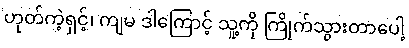
ဟုတ်ကဲ့ရှင့်၊ ကျမ ဒါကြောင့် သူ့ကို ကြိုက်သွားတာပေါ့